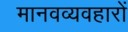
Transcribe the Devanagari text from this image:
मानवव्यवहारों